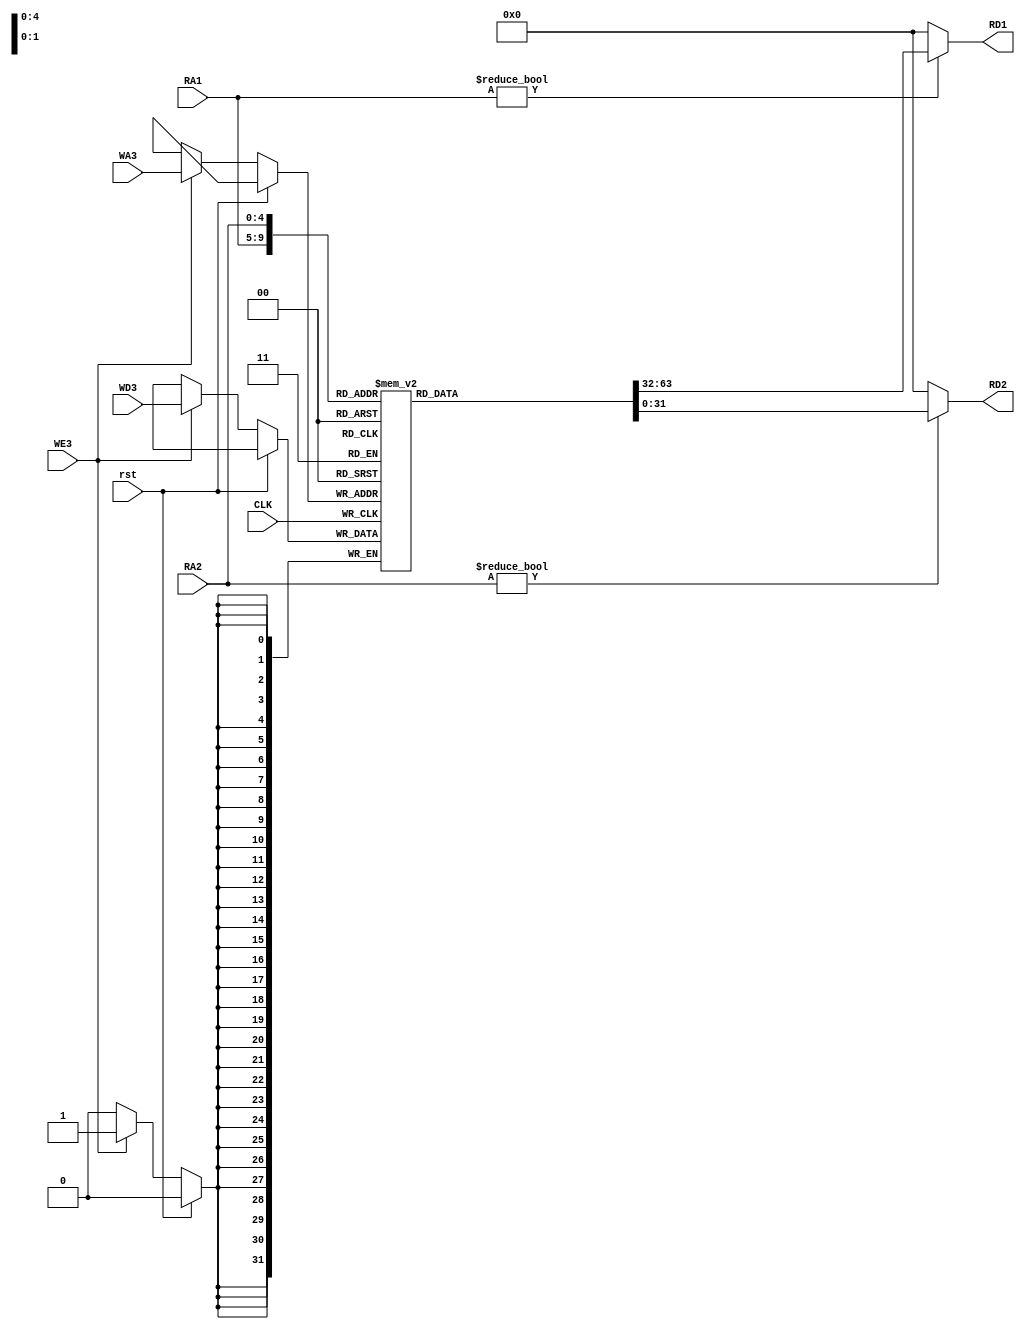
`define DATA_WIDTH 32

module RegFile 
    #(parameter ADDR_SIZE =5)
    (input CLK,WE3,rst,
    input [ADDR_SIZE-1:0]RA1,RA2,WA3,
    input [`DATA_WIDTH-1:0]WD3,
    output [`DATA_WIDTH-1:0]RD1,RD2);
    
    
    reg [`DATA_WIDTH-1:0]rf[2 ** ADDR_SIZE-1:0];
    integer i;

    always@(negedge CLK)begin
        // if(WE3)rf[WA3]<=WD3;
        if(rst)begin
            // project path
            // $readmemb("project path/MultiCycleMIPSCPU/scripts/reg.bin",rf);
        end
        else if(WE3)begin
            rf[WA3]<=WD3;       
        end
        // project path
        // $writememb("project path/MultiCycleMIPSCPU/scripts/reg_modified.bin",rf);
    end
 
    assign RD1=(RA1!=0)?rf[RA1]:0;
    assign RD2=(RA2!=0)?rf[RA2]:0;
endmodule